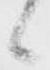
候